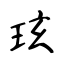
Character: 玹